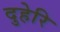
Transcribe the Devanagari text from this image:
दुहेरि